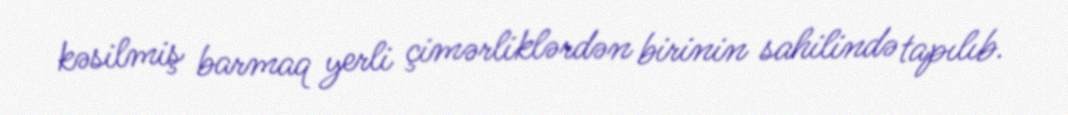
kəsilmiş barmaq yerli çimərliklərdən birinin sahilində tapılıb.